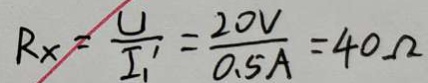
R _ { x } = \frac { U } { I _ { 1 } ^ { \prime } } = \frac { 2 O V } { 0 . 5 A } = 4 0 \Omega